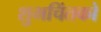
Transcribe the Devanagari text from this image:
शुभचिंतको